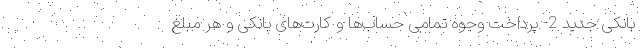
بانکی جدید 2- پرداخت وجوه تمامی حساب‌ها و کارت‌های بانکی و هر مبلغ